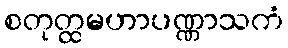
စတုတ္ထမဟာပဏ္ဏာသကံ